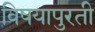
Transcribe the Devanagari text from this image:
विषयापुरती